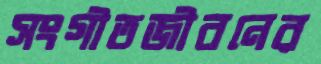
সংগীতজীবনের